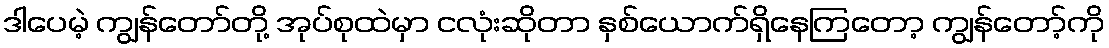
ဒါပေမဲ့ ကျွန်တော်တို့ အုပ်စုထဲမှာ ငလုံးဆိုတာ နှစ်ယောက်ရှိနေကြတော့ ကျွန်တော့်ကို